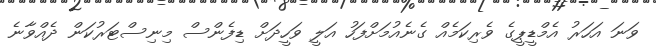
ވަނަ އަހަރު އެމްޑީޕީގެ ވެރިކަމެއް ގެނެއުމަށްފަހު އަލީ ވަހީދަށް ޑިފެންސް މިނިސްޓަރުކަން ދެއްވާނެ